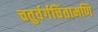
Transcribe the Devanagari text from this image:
चतुर्वर्गचिंतामणि